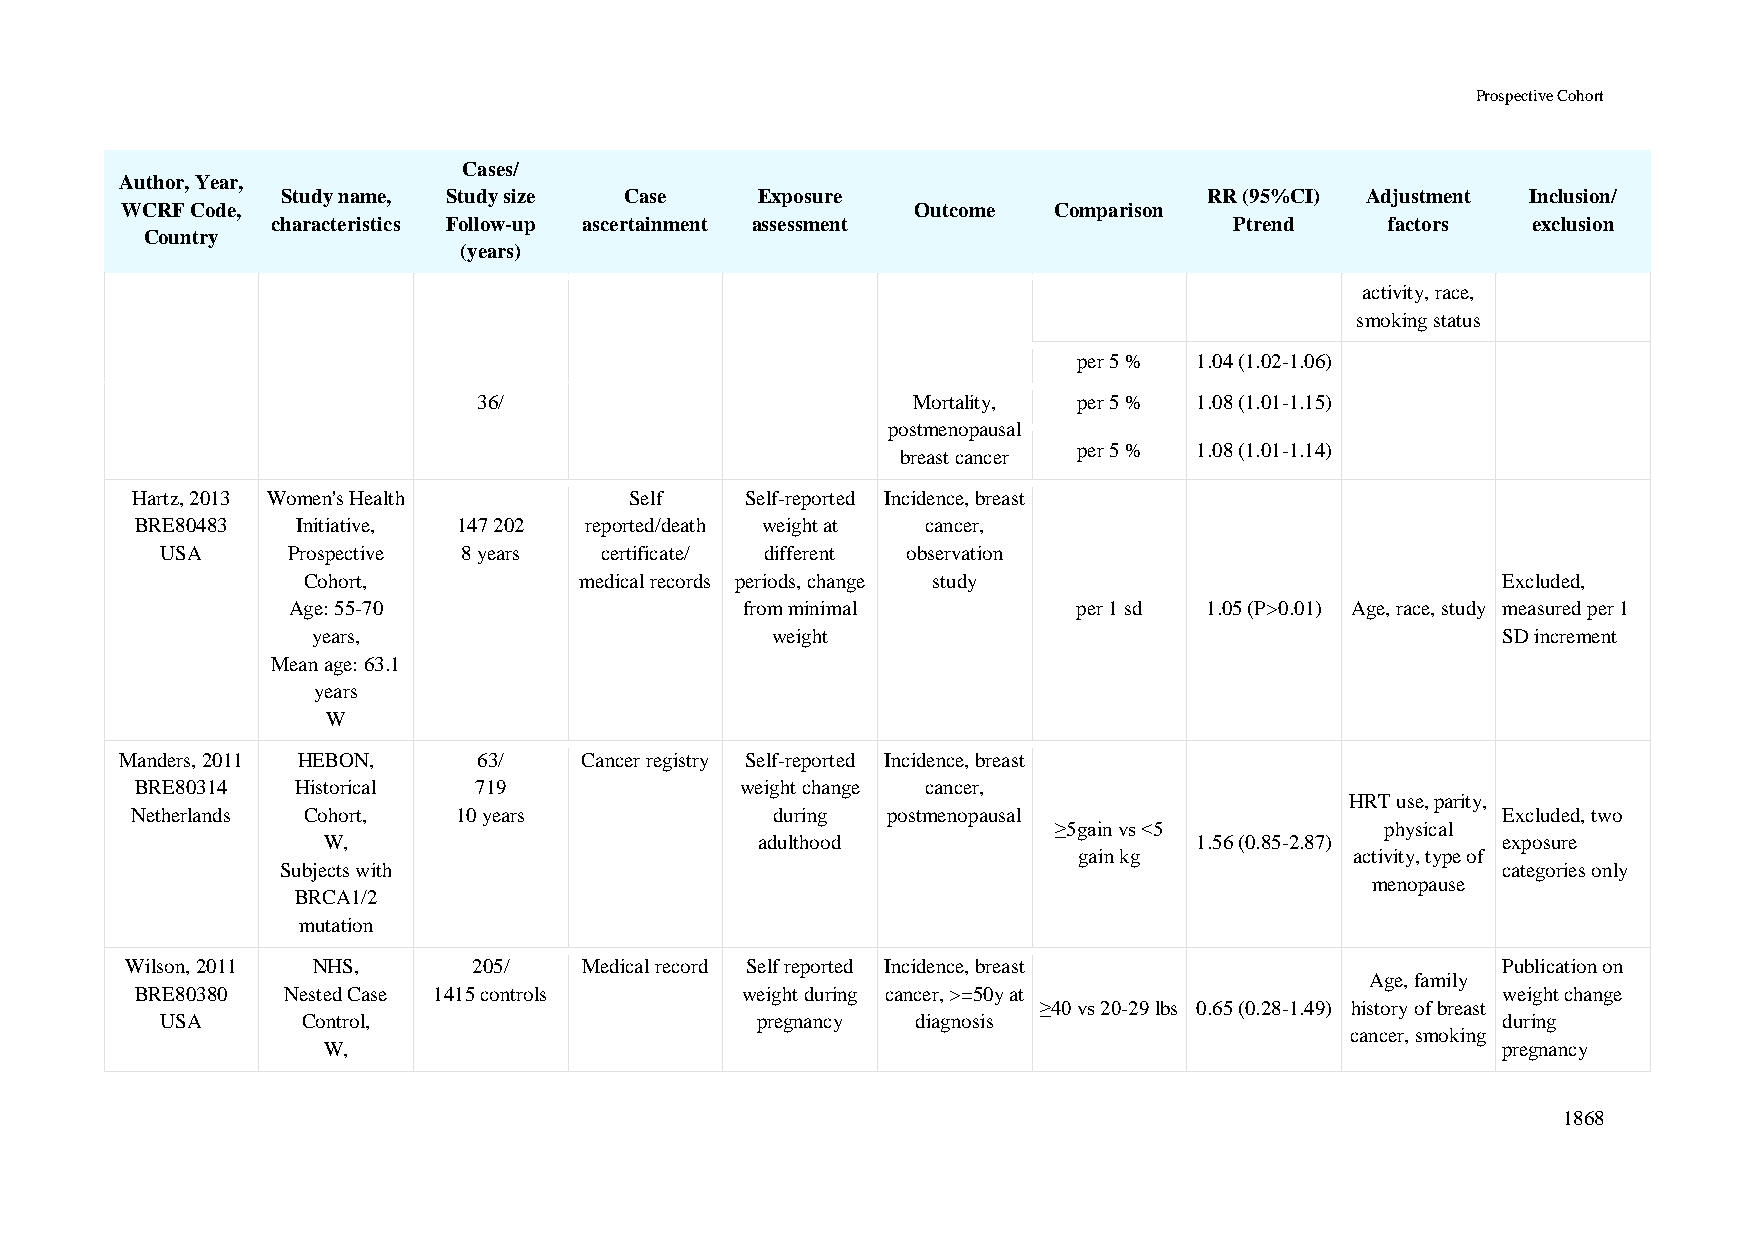
Prospective Cohort
 Cases/
 Author, Year,
 Study name, Study size Case    Exposure                      RR (95%CI) Adjustment Inclusion/
 WCRF Code,                                           Outcome  Comparison
 characteristics Follow-up ascertainment assessment              Ptrend    factors  exclusion
 Country
 (years)
 activity, race,
 smoking status
 per 5 % 1.04 (1.02-1.06)
 36/                         Mortality, per 5 % 1.08 (1.01-1.15)
 postmenopausal
 per 5 % 1.08 (1.01-1.14)
 breast cancer
 Hartz, 2013 Women's Health       Self   Self-reported Incidence, breast
 BRE80483   Initiative, 147 202 reported/death weight at cancer,
 USA     Prospective 8 years  certificate/ different observation
 Cohort,           medical records periods, change study                        Excluded,
 Age: 55-70                    from minimal          per 1 sd 1.05 (P>0.01) Age, race, study measured per 1
 years,                        weight                                          SD increment
 Mean age: 63.1
 years
 W
 Manders, 2011 HEBON,    63/   Cancer registry Self-reported Incidence, breast
 BRE80314   Historical 719               weight change cancer,
 HRT use, parity,
 Netherlands Cohort,  10 years             during  postmenopausal                          Excluded, two
 ≥5gain vs <5          physical
 W,                           adulthood                    1.56 (0.85-2.87)    exposure
 gain kg            activity, type of
 Subjects with                                                                   categories only
 menopause
 BRCA1/2
 mutation
 Wilson, 2011 NHS,      205/    Medical record Self reported Incidence, breast              Publication on
 Age, family
 BRE80380  Nested Case 1415 controls     weight during cancer, >=50y at                    weight change
 ≥40 vs 20-29 lbs 0.65 (0.28-1.49) history of breast
 USA      Control,                      pregnancy  diagnosis                             during
 cancer, smoking
 W,                                                                            pregnancy
 1868